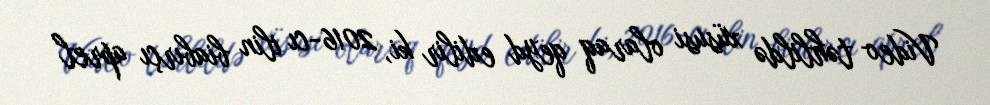
Video təhlildə xüsusi olaraq qeyd edilir ki, 2016-cı ilin biabırçı aprel